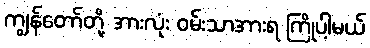
ကျွန်တော်တို့ အားလုံး ဝမ်းသာအားရ ကြိုပါ့မယ်